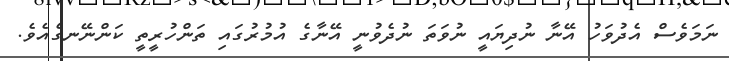
ނަމަވެސް އެދުވަހު އޭނާ ނުދިޔައީ ނުވަތަ ނުދެވުނީ އޭނާގެ އުމުރުގައި ތަންހުރީތީ ކަންނޭނގެއެވެ.